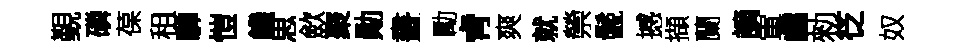
覲磷葆租驊愷饑思歛聚勛晝勵肻爽就禜鬛撼擷蘭謫軍鸕勑徔奴